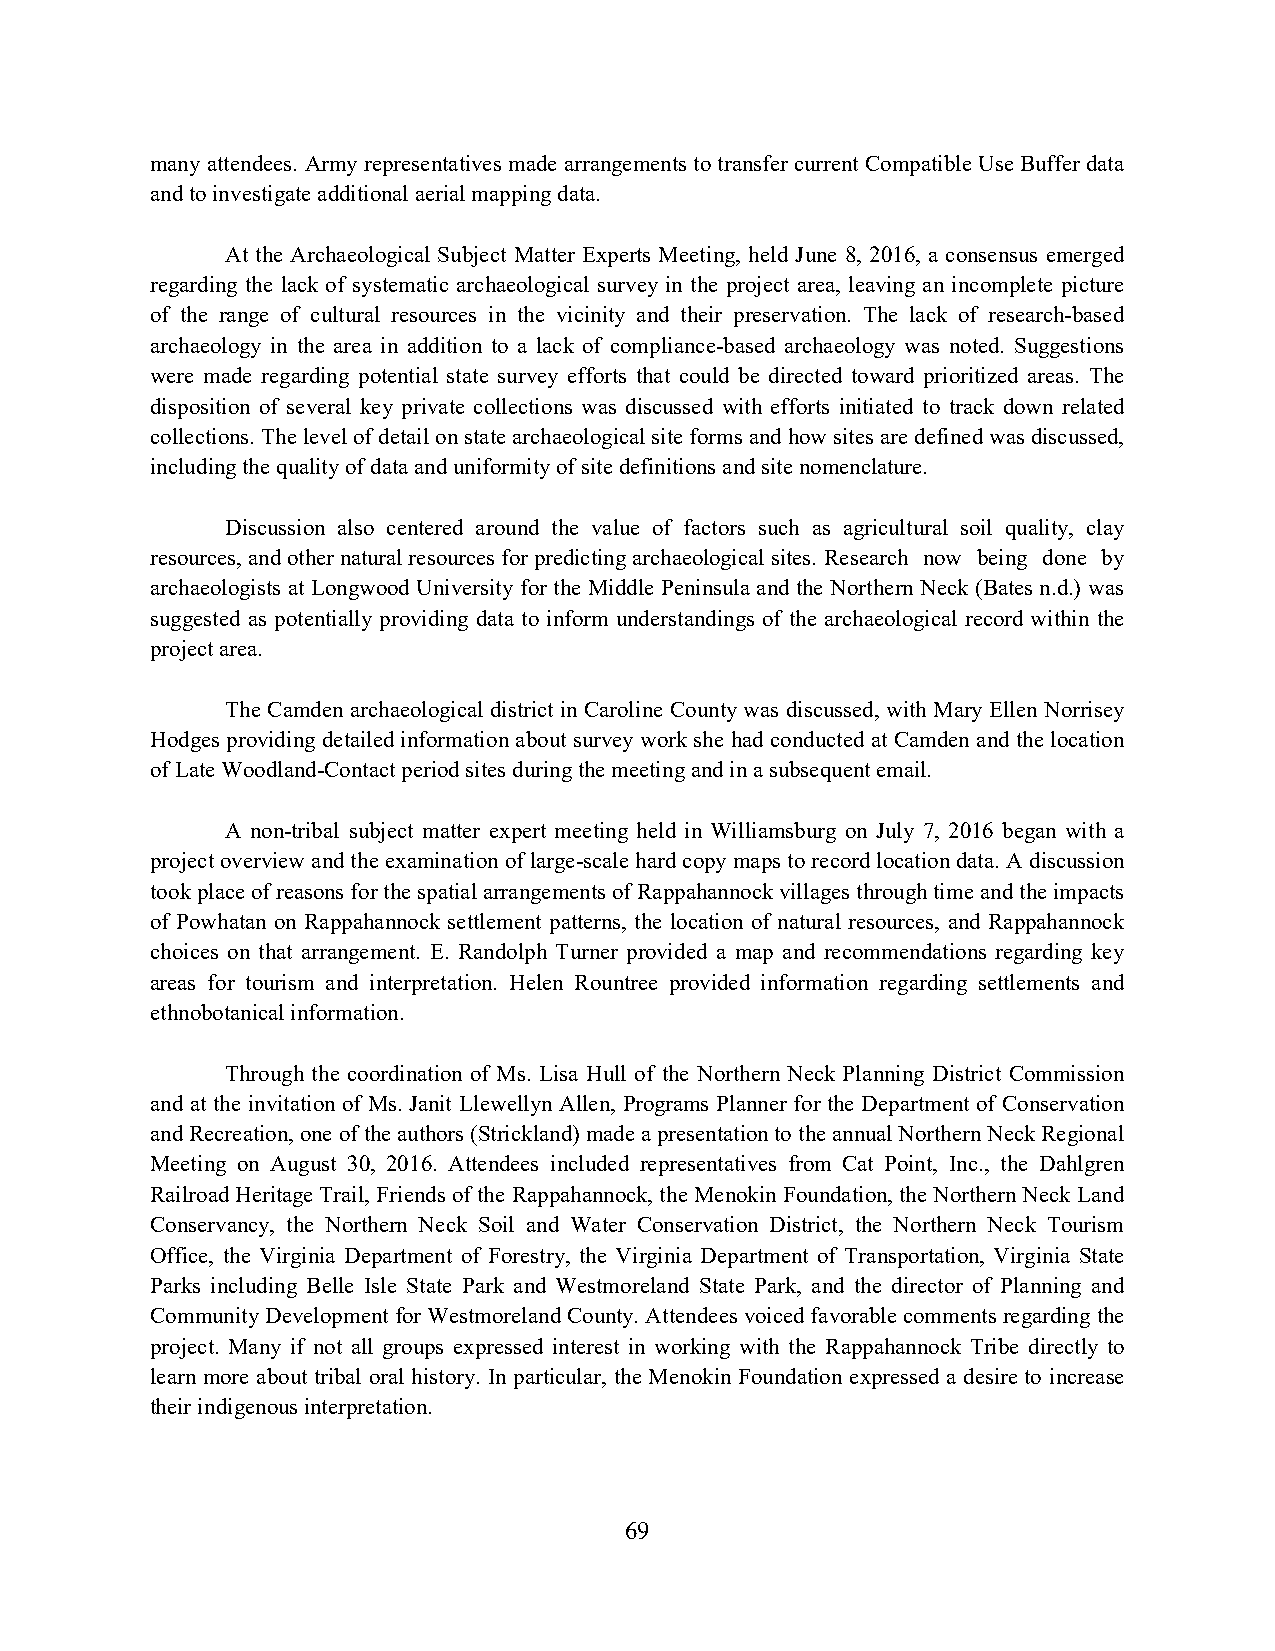
many attendees. Army representatives made arrangements to transfer current Compatible Use Buffer data
 and to investigate additional aerial mapping data.
 At the Archaeological Subject Matter Experts Meeting, held June 8, 2016, a consensus emerged
 regarding the lack of systematic archaeological survey in the project area, leaving an incomplete picture
 of the range of cultural resources in the vicinity and their preservation. The lack of research-based
 archaeology in the area in addition to a lack of compliance-based archaeology was noted. Suggestions
 were made regarding potential state survey efforts that could be directed toward prioritized areas. The
 disposition of several key private collections was discussed with efforts initiated to track down related
 collections. The level of detail on state archaeological site forms and how sites are defined was discussed,
 including the quality of data and uniformity of site definitions and site nomenclature.
 Discussion also centered around the value of factors such as agricultural soil quality, clay
 resources, and other natural resources for predicting archaeological sites. Research now being done by
 archaeologists at Longwood University for the Middle Peninsula and the Northern Neck (Bates n.d.) was
 suggested as potentially providing data to inform understandings of the archaeological record within the
 project area.
 The Camden archaeological district in Caroline County was discussed, with Mary Ellen Norrisey
 Hodges providing detailed information about survey work she had conducted at Camden and the location
 of Late Woodland-Contact period sites during the meeting and in a subsequent email.
 A non-tribal subject matter expert meeting held in Williamsburg on July 7, 2016 began with a
 project overview and the examination of large-scale hard copy maps to record location data. A discussion
 took place of reasons for the spatial arrangements of Rappahannock villages through time and the impacts
 of Powhatan on Rappahannock settlement patterns, the location of natural resources, and Rappahannock
 choices on that arrangement. E. Randolph Turner provided a map and recommendations regarding key
 areas for tourism and interpretation. Helen Rountree provided information regarding settlements and
 ethnobotanical information.
 Through the coordination of Ms. Lisa Hull of the Northern Neck Planning District Commission
 and at the invitation of Ms. Janit Llewellyn Allen, Programs Planner for the Department of Conservation
 and Recreation, one of the authors (Strickland) made a presentation to the annual Northern Neck Regional
 Meeting on August 30, 2016. Attendees included representatives from Cat Point, Inc., the Dahlgren
 Railroad Heritage Trail, Friends of the Rappahannock, the Menokin Foundation, the Northern Neck Land
 Conservancy, the Northern Neck Soil and Water Conservation District, the Northern Neck Tourism
 Office, the Virginia Department of Forestry, the Virginia Department of Transportation, Virginia State
 Parks including Belle Isle State Park and Westmoreland State Park, and the director of Planning and
 Community Development for Westmoreland County. Attendees voiced favorable comments regarding the
 project. Many if not all groups expressed interest in working with the Rappahannock Tribe directly to
 learn more about tribal oral history. In particular, the Menokin Foundation expressed a desire to increase
 their indigenous interpretation.
 69